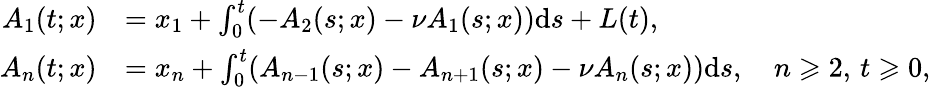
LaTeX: \begin{array}{rl}{A_{1}(t;x)}&{=x_{1}+\int_{0}^{t}(-A_{2}(s;x)-\nu A_{1}(s;x))\mathrm{d}s+L(t),}\\ {A_{n}(t;x)}&{=x_{n}+\int_{0}^{t}({A_{n-1}(s;x)}-A_{n+1}(s;x)-\nu A_{n}(s;x))\mathrm{d}s,\quad n\geqslant 2,\, t\geqslant 0,}\end{array}